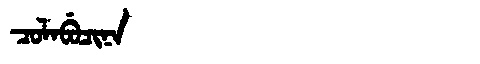
Manchu: ᠴᠣᠯᠠᠪᡠᠴᡳᠨᠠ
Romanization: COLABUCINA